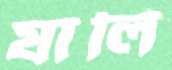
যালি